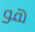
هو